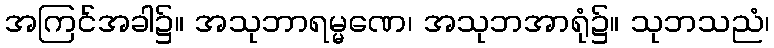
အကြင်အခါ၌။ အသုဘာရမ္မဏေ၊ အသုဘအာရုံ၌။ သုဘသညံ၊